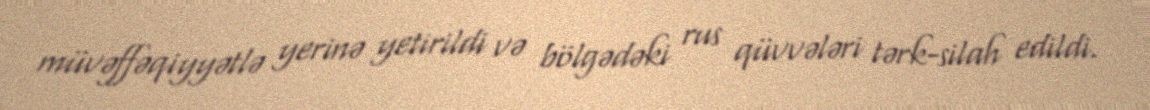
müvəffəqiyyətlə yerinə yetirildi və bölgədəki rus qüvvələri tərk-silah edildi.